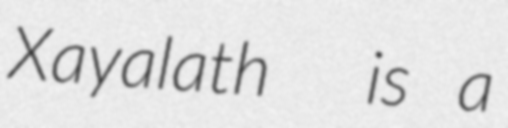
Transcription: Xayalath  is a